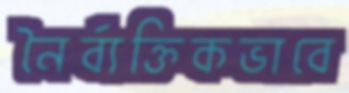
নৈর্ব্যক্তিকভাবে